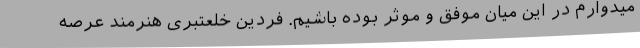
میدوارم در این میان موفق و موثر بوده باشیم. فردین خلعتبری هنرمند عرصه